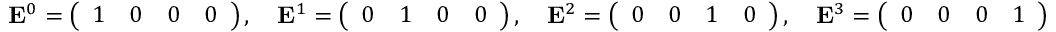
\mathbf { E } ^ { 0 } = { \left( \begin{array} { l l l l } { 1 } & { 0 } & { 0 } & { 0 } \end{array} \right) } \, , \quad \mathbf { E } ^ { 1 } = { \left( \begin{array} { l l l l } { 0 } & { 1 } & { 0 } & { 0 } \end{array} \right) } \, , \quad \mathbf { E } ^ { 2 } = { \left( \begin{array} { l l l l } { 0 } & { 0 } & { 1 } & { 0 } \end{array} \right) } \, , \quad \mathbf { E } ^ { 3 } = { \left( \begin{array} { l l l l } { 0 } & { 0 } & { 0 } & { 1 } \end{array} \right) }